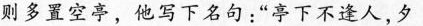
则多置空亭，他写下名句：”亭下不逢人，夕